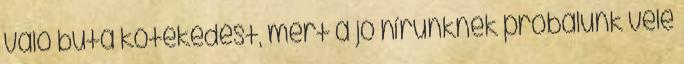
való buta kötekedést, mert a jó hírünknek próbálunk vele